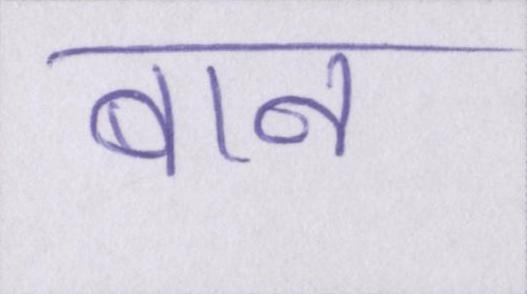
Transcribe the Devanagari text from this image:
बान